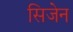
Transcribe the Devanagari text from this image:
सिजेन